Note on the mental hospitals in Burma - 1925-1940
Year: 1925
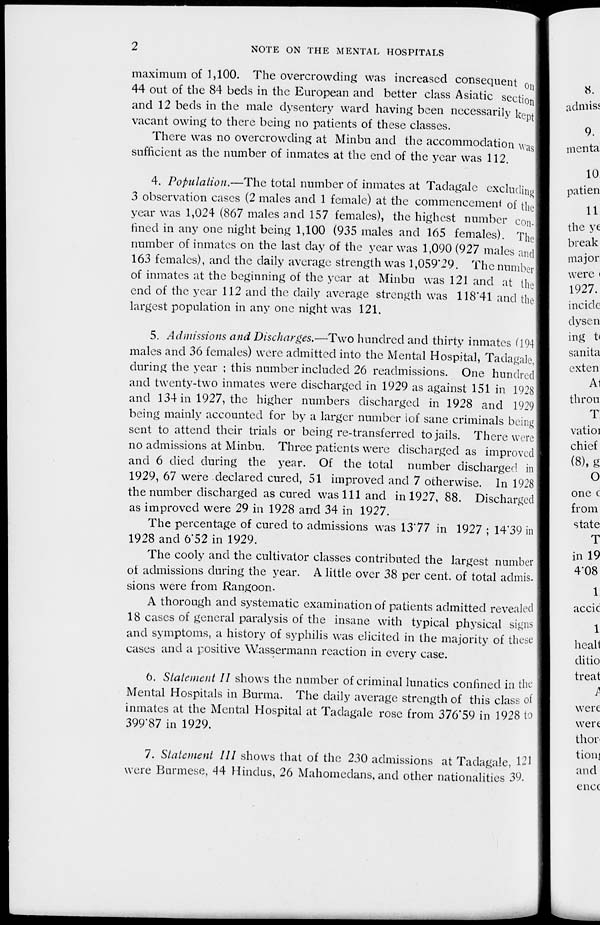
2
NOTE ON THE MENTAL HOSPITALS
maximum of 1,100. The overcrowding was increased consequent on
44 out of the 84 beds in the European and better class Asiatic section
and 12 beds in the male dysentery ward having been necessarily kept
vacant owing to there being no patients of these classes.
There was no overcrowding at Minbu and the accommodation was
sufficient as the number of inmates at the end of the year was 112.
4. Population.—The total number of inmates at Tadagale excluding
3 observation cases (2 males and 1 female) at the commencement of the
year was 1,024 (867 males and 157 females), the highest number con-
fined in any one night being 1,100 (935 males and 165 females). The
number of inmates on the last day of the year was 1,090 (927 males and
163 females), and the daily average strength was 1,059.29. The number
of inmates at the beginning of the year at Minbu was 121 and at the
end of the year 112 and the daily average strength was 118.41 and the
largest population in any one night was 121.
5. Admissions and Discharges.—Two hundred and thirty inmates (194
males and 36 females) were admitted into the Mental Hospital, Tadagale
during the year ; this number included 26 readmissions. One hundred
and twenty-two inmates were discharged in 1929 as against 151 in 1928
and 134 in 1927, the higher numbers discharged in 1928 and 1929
being mainly accounted for by a larger number of sane criminals being
sent to attend their trials or being re-transferred to jails. There were
no admissions at Minbu. Three patients were discharged as improved
and 6 died during the year. Of the total number discharged in
1929, 67 were declared cured, 51 improved and 7 otherwise. In 1928
the number discharged as cured was 111 and in 1927, 88. Discharged
as improved were 29 in 1928 and 34 in 1927.
The percentage of cured to admissions was 13.77 in 1927 ; 14.39 in
1928 and 6.52 in 1929.
The cooly and the cultivator classes contributed the largest number
of admissions during the year. A little over 38 per cent. of total admis-
sions were from Rangoon.
A thorough and systematic examination of patients admitted revealed
18 cases of general paralysis of the insane with typical physical signs
and symptoms, a history of syphilis was elicited in the majority of these
cases and a positive Wassermann reaction in every case.
6. Statement II shows the number of criminal lunatics confined in the
Mental Hospitals in Burma. The daily average strength of this class of
inmates at the Mental Hospital at Tadagale rose from 376.59 in 1928 to
399.87 in 1929.
7. Statement III shows that of the 230 admissions at Tadagale, 121
were Burmese, 44 Hindus, 26 Mahomedans, and other nationalities 39.